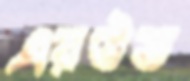
এরউত